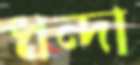
ধন্দা